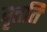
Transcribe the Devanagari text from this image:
वृत्तति